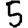
Digit: 5